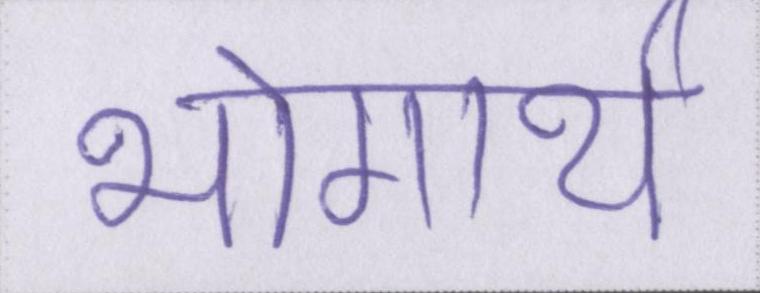
भोगार्थ